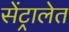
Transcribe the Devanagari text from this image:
सेंट्रालेत